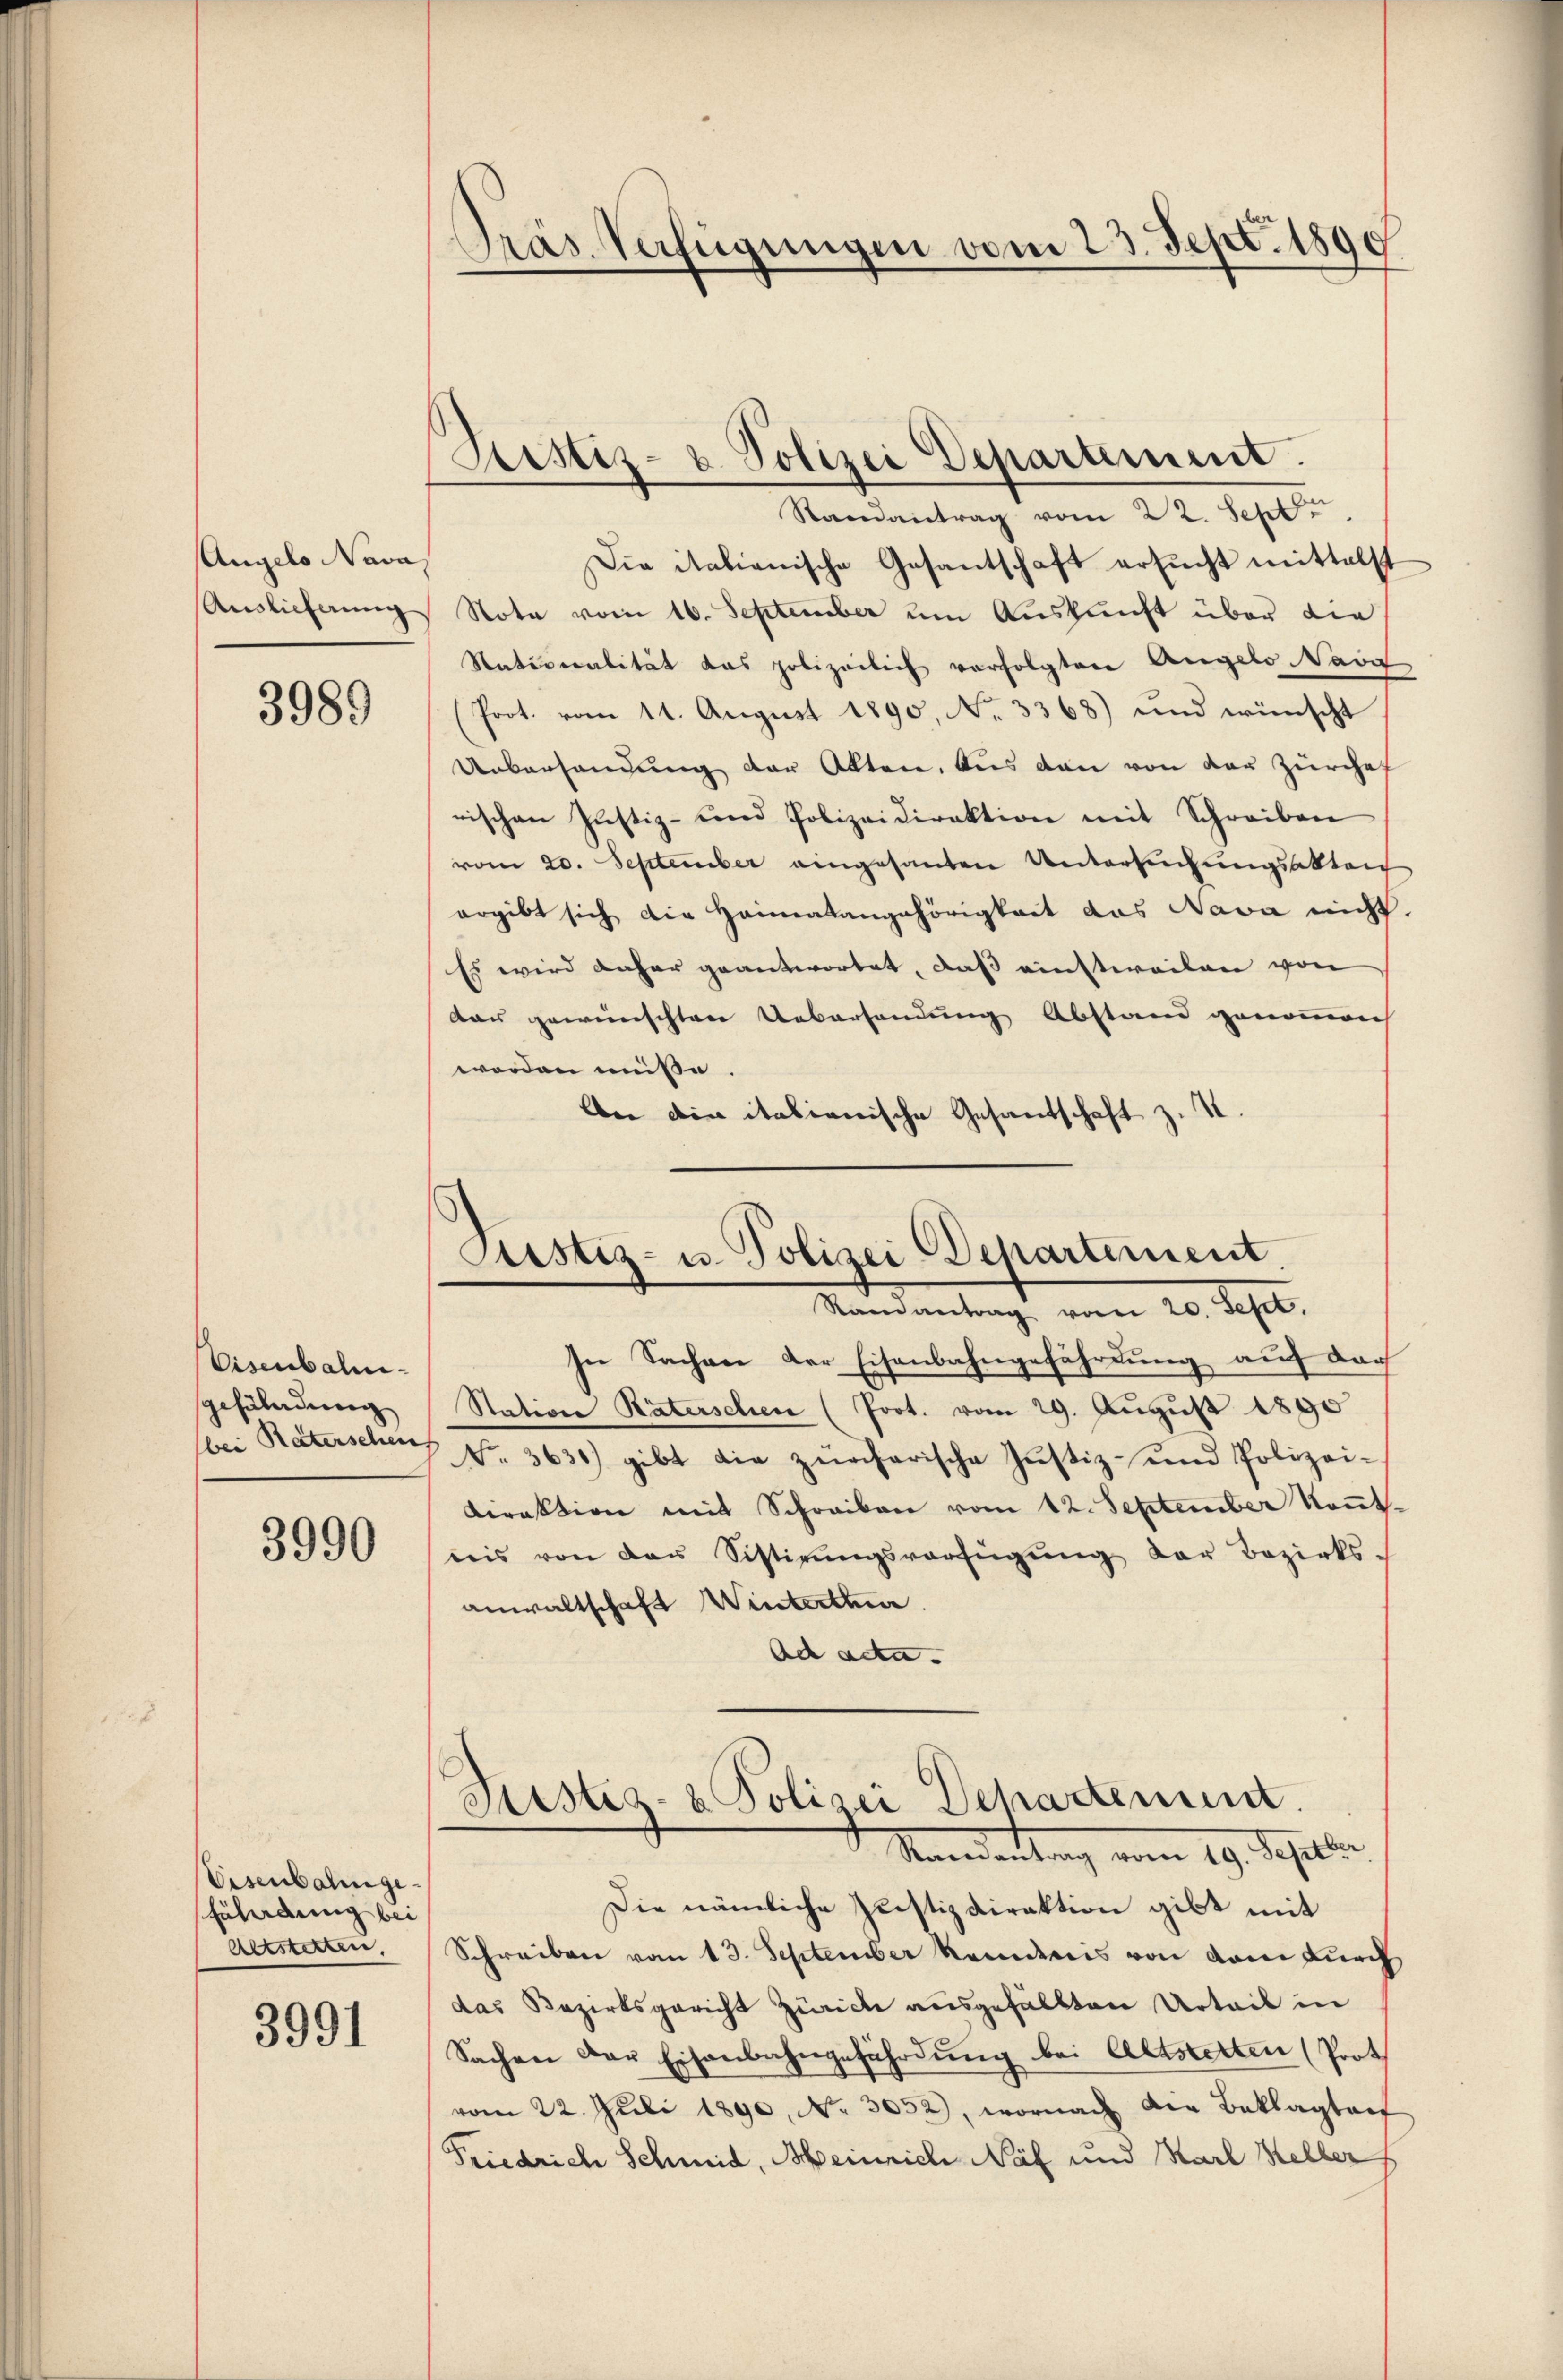
Angelo Nava
Auslicherung

3989

Visenbahn-
gefändung
bei Räterschens

3990

Eisenbahngefährdung bei
Altstetten,

3991

Präs. Verfügungen vom 23. Sept. 1890

Sistiz- & Polizei Departement.

Randantrag vom 22. Septb
Die italienische Gesantschaft ersucht mittelst
Note vom 16. September um Auskunft über die
Stationalität das polizeilich verfolgten Angelo Navg
(Prot. vom 11. August 1890, No. 3368) und wünscht
Uebersandung der Alten, aus dann von der Zürchef
rischen Justiz- und Polizeidirektion mit Schreiben
vom 20. September eingesanten Untersuchungsakteich
ergibt sich die Heimatangehörigkeit das Nava nicht.
Es wird daher geantwortet, das einstweilen von
dar gewünschten Uebersandung Abstand genommen
worden müsse.
Aber die italienische Gesandschaft z. S

Justiz- u. Polizei Departement.
Standentrag vom 20. Sept.

In Sachen der Eisenbahngefährdung auf dach
Station Räterschen (Prot. vom 29. August 1890
No. 3631) gibt die zürcherische Justiz- und Polizei-
Diraktion mit Schreiben vom 12. September kont
nis von der Sistirŭngsverfügŭng der Bezirks-
anwaltschaft Winterthur.
Ad acta- |

Peistes- u Polizei Departement.
Mandantung vom 19. daselber

Die nämliche Justizdirektion gibt mit
Schreiben vom 13. September kommnis von dem durch
das Bezirksgericht Zürich ausgefällten Urteil in
Sachen der Eisenbahngefährdŭng bei Altstetten (Prot
vom 22. Juli 1890, No. 3052), wornach die Beklagten
Friedrich Schmid, Meinrich Näf und Karl Heller